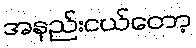
အနည်းငယ်တော့